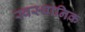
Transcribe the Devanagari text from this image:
स्वस्थानिक